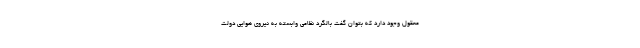
معقول وجود دارد که بتوان گفت بالگرد نظامی وابسته به نیروی هوایی دولت